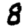
Digit: 8